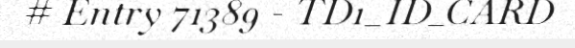
# Entry 71389 - TD1_ID_CARD